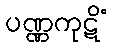
ပဏ္ဏကုဋိံ